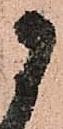
に